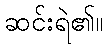
ဆင်းရဲ၏။